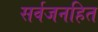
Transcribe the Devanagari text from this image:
सर्वजनहित